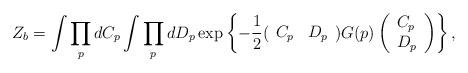
LaTeX: \begin{align*}Z_{b} = \int\prod_pdC_{p}\int\prod_pdD_p\exp \left\{-\frac{1}{2}(\begin{array}{ll} C_p & D_p\end{array})G(p) \left(\begin{array}{l}C_p \\D_p\end{array}\right)\right\},\end{align*}